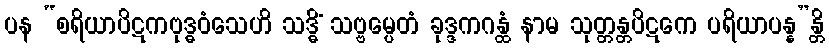
ပန “စရိယာပိဋကဗုဒ္ဓဝံသေဟိ သဒ္ဓိံ သဗ္ဗမ္ပေတံ ခုဒ္ဒကဂန္ထံ နာမ သုတ္တန္တပိဋကေ ပရိယာပန္န”န္တိ